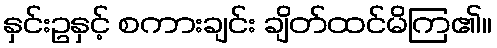
နှင်းဥနှင့် စကားချင်း ချိတ်ထင်မိကြ၏။